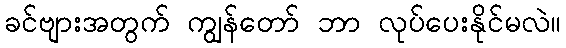
ခင်ဗျားအတွက် ကျွန်တော် ဘာ လုပ်ပေးနိုင်မလဲ။